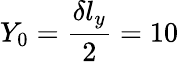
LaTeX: Y_{0}=\frac{\delta l_{y}}{2}=10